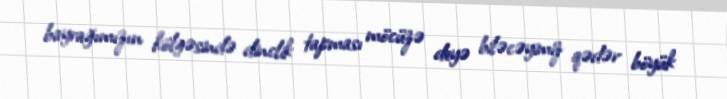
bayrağımızın kölgəsində dinclik tapması möcüzə deyə biləcəyimiz qədər böyük